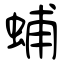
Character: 蜅